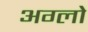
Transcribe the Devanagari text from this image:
अग्लो